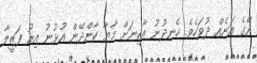
އޭގެ އަނެއް ދުވަހެވެ. ހެނދުނު އާކިނަށް މާޔާ ކާންދޭން އުޅުނު އިރު ފަޒީލާ